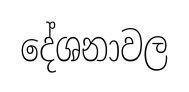
දේශනාවල